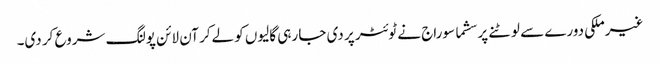
غیرملکی دورے سے لوٹنے پر سشما سوراج نے ٹوئٹر پر دی جا رہی گالیوں کو لےکر آن لائن پولنگ شروع کر دی۔